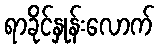
ရာခိုင်နှုန်းလောက်